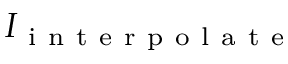
I _ { \mathrm { ~ i ~ n ~ t ~ e ~ r ~ p ~ o ~ l ~ a ~ t ~ e ~ } }